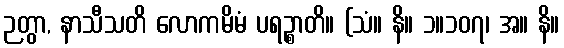
ဉတွာ, နာသီသတိ လောကမိမံ ပရဉ္စာတိ။ (သံ။ နိ။ ၁။၁၀၇၊ အ။ နိ။